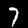
Digit: 7